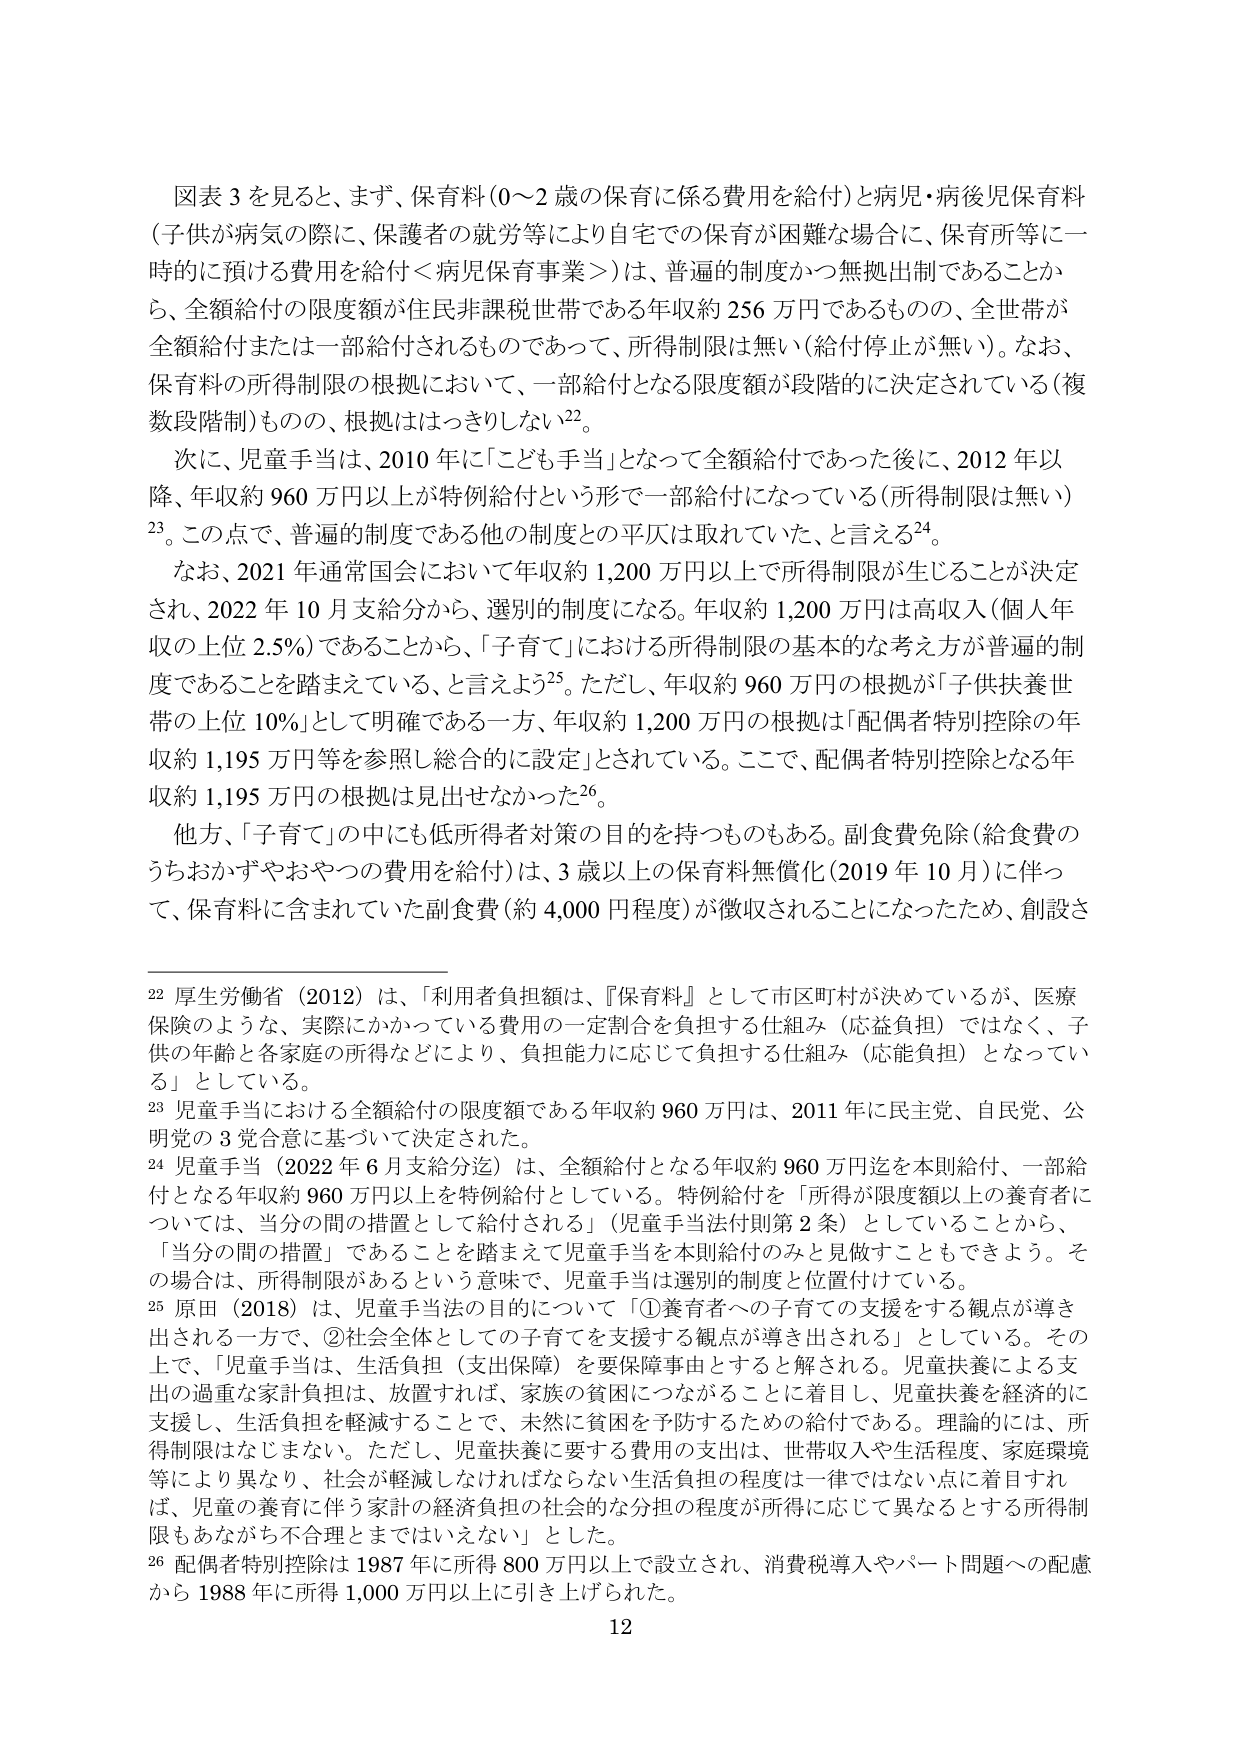
図表３を見ると、まず、保育料（0～2歳の保育に係る費用を給付）と病児・病後児保育料（子供が病気の際に、保護者の就労等により自宅での保育が困難な場合に、保育所等に一時的に預ける費用を給付＜病児保育事業＞）は、普遍的制度かつ無拠出制であることから、全額給付の限度額が住民非課税世帯である年収約256万円であるものの、全世帯が全額給付または一部給付されるものであって、所得制限は無い（給付停止が無い）。なお、保育料の所得制限の根拠において、一部給付となる限度額が段階的に決定されている（複数段階制）ものの、根拠ははっきりしない²²。

次に、児童手当は、2010年に「こども手当」となって全額給付であった後に、2012年以降、年収約960万円以上が特例給付という形で一部給付になっている（所得制限は無い）²³。この点で、普遍的制度である他の制度との平仄は取れていた、と言える²⁴。

なお、2021年通常国会において年収約1,200万円以上で所得制限が生じることが決定され、2022年10月支給分から、選別的制度になる。年収約1,200万円は高収入（個人年収の上位2.5%）であることから、「子育て」における所得制限の基本的な考え方が普遍的制度であることを踏まえている、と言えよう²⁵。ただし、年収約960万円の根拠が「子供扶養世帯の上位10%」として明確である一方、年収約1,200万円の根拠は「配偶者特別控除の年収約1,195万円等を参照し総合的に設定」とされている。ここで、配偶者特別控除となる年収約1,195万円の根拠は見出せなかった²⁶。

他方、「子育て」の中にも低所得者対策の目的を持つものもある。副食費免除（給食費のうちおかずやおやつの費用を給付）は、3歳以上の保育料無償化（2019年10月）に伴って、保育料に含まれていた副食費（約4,000円程度）が徴収されることになったため、創設さ

²² 厚生労働省（2012）は、「利用者負担額は、『保育料』として市区町村が決めているが、医療保険のような、実際にかかっている費用の一定割合を負担する仕組み（応益負担）ではなく、子供の年齢と各家庭の所得などにより、負担能力に応じて負担する仕組み（応能負担）となっている」としている。

²³ 児童手当における全額給付の限度額である年収約960万円は、2011年に民主党、自民党、公明党の3党合意に基づいて決定された。

²⁴ 児童手当（2022年6月支給分迄）は、全額給付となる年収約960万円迄を本則給付、一部給付となる年収約960万円以上を特例給付としている。特例給付を「所得が限度額以上の養育者については、自分の間の措置として給付される」（児童手当法付則第2条）としていることから、「自分の間の措置」であることを踏まえて児童手当を本則給付のみと見做すこともできよう。その場合は、所得制限があるという意味で、児童手当は選別的制度と位置付けている。

²⁵ 原田（2018）は、児童手当法の目的について「①養育者への子育ての支援をする観点が導き出される一方で、②社会全体としての子育てを支援する観点が導き出される」としている。その上で、「児童手当は、生活負担（支出保障）を要保障事由とする」と解される。児童扶養による支出の過重な家計負担は、放置すれば、家族の貧困につながることに着目し、児童扶養を経済的に支援し、生活負担を軽減することで、未然に貧困を予防するための給付である。理論的には、所得制限はなじまない。ただし、児童扶養に要する費用の支出は、世帯収入や生活程度、家庭環境等により異なり、社会が軽減しなければならない生活負担の程度は一律ではない点に着目すれば、児童の養育に伴う家計の経済負担の社会的な分担の程度が所得に応じて異なるとする所得制限もあながち不合理とまではいえない」とした。

²⁶ 配偶者特別控除は1987年に所得800万円以上で設立され、消費税導入やパート問題への配慮から1988年に所得1,000万円以上に引き上げられた。

12